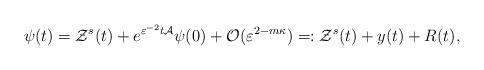
LaTeX: \begin{align*}\psi (t)=\mathcal{Z}^{s}(t)+e^{\varepsilon ^{-2}t\mathcal{A}}\psi (0)+\mathcal{O}(\varepsilon ^{2-m\kappa })=:\mathcal{Z}^{s}(t)+y(t)+R(t),\end{align*}